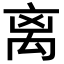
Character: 离